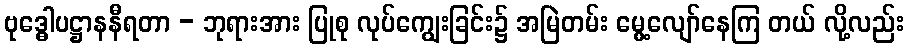
ဗုဒ္ဓေါပဋ္ဌာနနီရတာ - ဘုရားအား ပြုစု လုပ်ကျွေးခြင်း၌ အမြဲတမ်း မွေ့လျော်နေကြ တယ် လို့လည်း